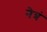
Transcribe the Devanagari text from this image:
नेत्रं